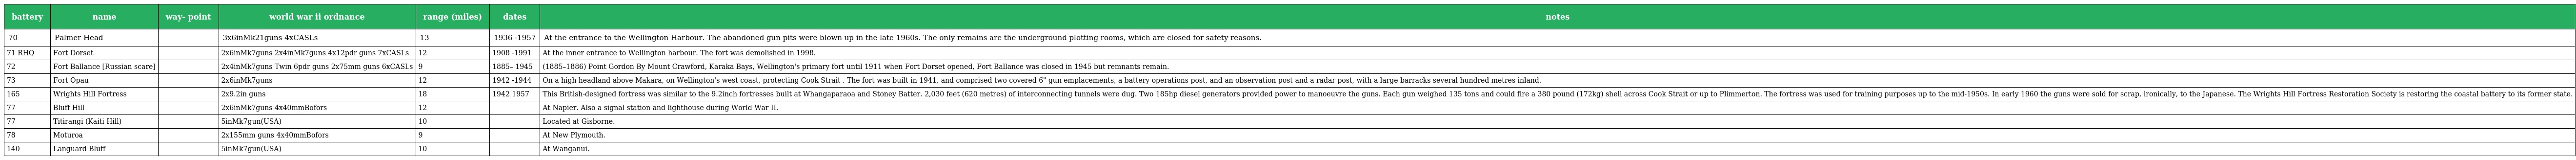
| battery | name | way- point | world war ii ordnance | range (miles) | dates | notes |
 | --- | --- | --- | --- | --- | --- | --- |
 | 70 | Palmer Head |  | 3x6inMk21guns 4xCASLs | 13 | 1936 -1957 | At the entrance to the Wellington Harbour. The abandoned gun pits were blown up in the late 1960s. The only remains are the underground plotting rooms, which are closed for safety reasons. |
 | 71 RHQ | Fort Dorset |  | 2x6inMk7guns 2x4inMk7guns 4x12pdr guns 7xCASLs | 12 | 1908 -1991 | At the inner entrance to Wellington harbour. The fort was demolished in 1998. |
 | 72 | Fort Ballance [Russian scare] |  | 2x4inMk7guns Twin 6pdr guns 2x75mm guns 6xCASLs | 9 | 1885– 1945 | (1885–1886) Point Gordon By Mount Crawford, Karaka Bays, Wellington's primary fort until 1911 when Fort Dorset opened, Fort Ballance was closed in 1945 but remnants remain. |
 | 73 | Fort Opau |  | 2x6inMk7guns | 12 | 1942 -1944 | On a high headland above Makara, on Wellington's west coast, protecting Cook Strait . The fort was built in 1941, and comprised two covered 6" gun emplacements, a battery operations post, and an observation post and a radar post, with a large barracks several hundred metres inland. |
 | 165 | Wrights Hill Fortress |  | 2x9.2in guns | 18 | 1942 1957 | This British-designed fortress was similar to the 9.2inch fortresses built at Whangaparaoa and Stoney Batter. 2,030 feet (620 metres) of interconnecting tunnels were dug. Two 185hp diesel generators provided power to manoeuvre the guns. Each gun weighed 135 tons and could fire a 380 pound (172kg) shell across Cook Strait or up to Plimmerton. The fortress was used for training purposes up to the mid-1950s. In early 1960 the guns were sold for scrap, ironically, to the Japanese. The Wrights Hill Fortress Restoration Society is restoring the coastal battery to its former state. |
 | 77 | Bluff Hill |  | 2x6inMk7guns 4x40mmBofors | 12 |  | At Napier. Also a signal station and lighthouse during World War II. |
 | 77 | Titirangi (Kaiti Hill) |  | 5inMk7gun(USA) | 10 |  | Located at Gisborne. |
 | 78 | Moturoa |  | 2x155mm guns 4x40mmBofors | 9 |  | At New Plymouth. |
 | 140 | Languard Bluff |  | 5inMk7gun(USA) | 10 |  | At Wanganui. |